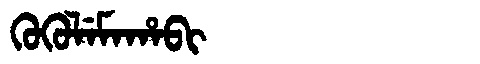
Manchu: ᡴᡠᡴᡠᠯᡝᠮᠠᡥᠠᠪᡳ
Romanization: KUKULEMAHABI